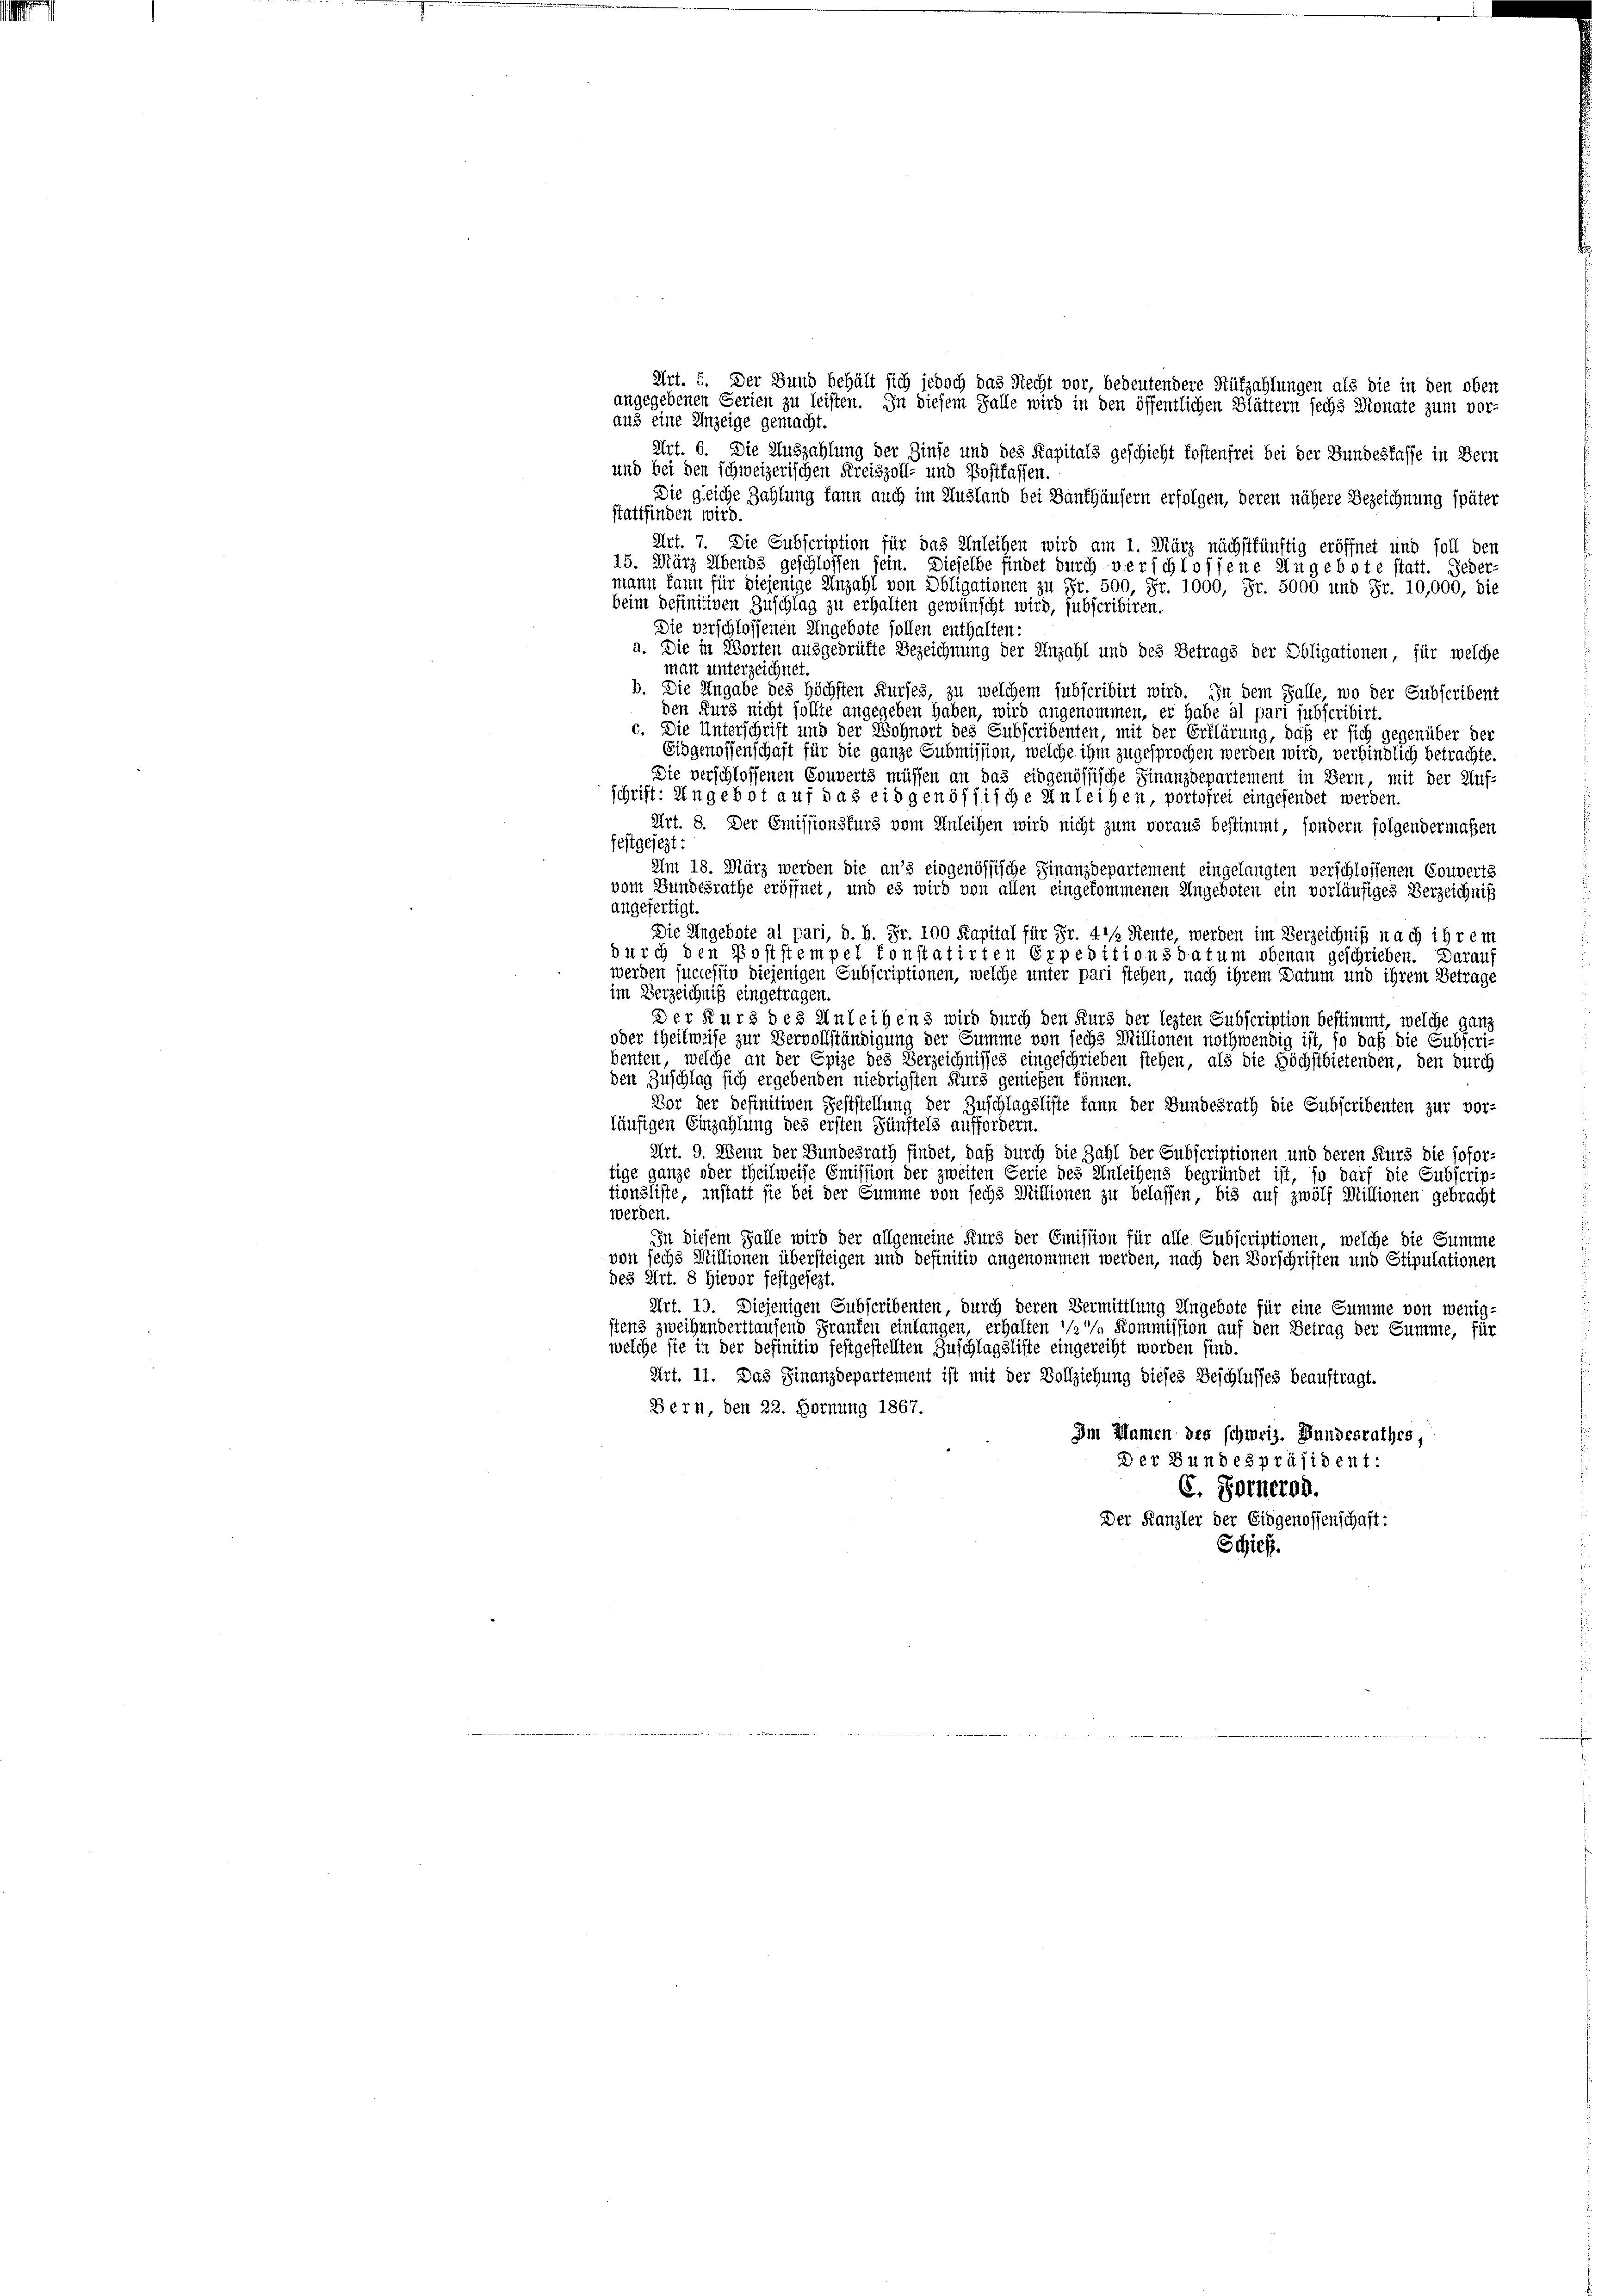
aus eine Anzeige gemacht.
Art. 6. Die Auszahlung der Zinse und des Kapitals geschicht kostenfrei bei der Bundesfasse in Bern
und bei den schweizerischen Kreiszoll- und Postfassen.
Die gleiche Zahlung kann auch im Ausland bei Banthäusern erfolgen, deren nähere Bezeichnung später
stattfinden wird.
15. März Abends geschlossen sein. Dieselbe findet durch verschlossene Ungebote statt. Jeder-
mann kann für diejenige Anzahl von Obligationen zu Fr. 500, Fr. 1000, Fr. 5000 und Fr. 10,000, die
beim definitiven Zuschlag zu erhalten gewünscht wird, subscribiren.
Die verschlossenen Ungebote sollen enthalten:
a. Die in Worten ausgedrüfte Bezeichnung der Anzahl und des Betrags der Obligationen, für welche
man unterzeichnet.
b. Die Angabe des höchsten Kurses, zu welchem subscribirt wird. In dem Falle, wo der Subscribent
den Kurz nicht sollte angegeben haben, wird angenommen, er habe al pari subscribirt.
c. Die Unterschrift und der Wohnort des Subscribenten, mit der Erklärung, daß er sich gegenüber der
Eidgenossenschaft für die ganze Submission, welche ihm zugesprochen werden wird, verbindlich betrachte.
Die verschlossenen Couverts müssen an das eidgenössische Finanzdepartement in Bern, mit der Auf-
schrift: Ungebot auf das eidgenöffische Anleihen, portofrei eingesendet werden.
Art. 8. Der Emissionsfürs vom Anleihen wird nicht zum voraus bestimmt, sondern folgendermaßen
festgesezt:
Am 18. März werden die an’s eidgenössische Finanzdepartement eingelangten verschlossenen Couverts
vom Bundesrathe eröffnet, und es wird von allen eingekommenen Angeboten ein vorläufiges Verzeichniß
angefertigt.
Die Ungebote al pari, d. h. Fr. 100 Kapital für Fr. 4 1/2 Stente, werden im Verzeichniß nach ihrem
durch den Poststempel fonstatirten Erpeditionsdatum obenan geschrieben. Darauf
werden successin diejenigen Subscriptionen, welche unter pari stehen, nach ihrem Datum und ihrem Betrage
im Verzeichniß eingetragen.
Der Kurs des Anleihens wird durch den Kurs der lezten Subscription bestimmt, welche ganz
oder theilweise zur Vervollständigung der Summe von sechs Millionen nothwendig ist, so daß die Subscri-
benten, welche an der Epize des Verzeichnisses eingeschrieben stehen, als die Höchstbietenden, den durch
den Zuschlag sich ergebenden niedrigsten Kurz genießen können.
Vor der definitiven Feststellung der Zuschlagsliste kann der Bundesrath die Subscribenten zur vor-
läufigen Einzahlung des ersten Zünftels auffordern.
Art. 9. Wenn der Bundesrath findet, daß durch die Zahl der Subscriptionen und deren Kurs die sofor-
tige ganze oder theilweise Emission der zweiten Serie des Anleihens begründet ist, so darf die Subscrip-
tionsliste, anstatt sie bei der Summe von sechs Millionen zu belassen, bis auf zwölf Willionen gebracht
werden.
In diesem Falle wird der allgemeine Kurs der Emission für alle Subscriptionen, welche die Summe
von sechs Millionen übersteigen und definitiv angenommen werden, nach den Vorschriften und Stipulationen
des Art. 8 Hievor festgesezt.
Art. 10. Diejenigen Subscribenten, durch deren Vermittlung Ungebote für eine Summe von wenig-
stens zweihunderstaufend Franken einlangen, erhalten in Kommission auf den Betrag der Summe, für
welche sie in der definitiv festgestellten Zuschlagsliste eingereiht worden sind.
Art. 11. Das Finanzdepartement ist mit der Vollziehung dieses Beschlusses beauftragt.
Bern, den 22. Hornung 1867.
Im Namen des schweiz. Bundesrathes,
Der Bundespräsident:
E. Fornerod.
Der Kanzler der Eidgenossenschaft:
Schick

Art. 5. Der Bund behält sich jedoch das Recht vor, bedeutendere Hüfzahlungen als die in den oben
angegebenen Serien zu leisten. In diesem Falle wird in den öffentlichen Blättern sechs Dionate zum vor-

Art. 7. Die Subscription für das Anleihen wird am 1. März nächstkünftig eröffnet und soll den